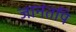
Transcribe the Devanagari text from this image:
जानंतपि